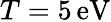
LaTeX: T=5\, \mathrm{eV}